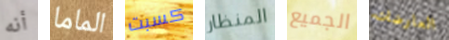
أنه الماما كسبت المنظار الجميع العارضات